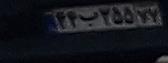
۴۴ب۳۵۵۷۷